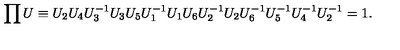
\prod U \equiv U _ { 2 } U _ { 4 } U _ { 3 } ^ { - 1 } U _ { 3 } U _ { 5 } U _ { 1 } ^ { - 1 } U _ { 1 } U _ { 6 } U _ { 2 } ^ { - 1 } U _ { 2 } U _ { 6 } ^ { - 1 } U _ { 5 } ^ { - 1 } U _ { 4 } ^ { - 1 } U _ { 2 } ^ { - 1 } = 1 .